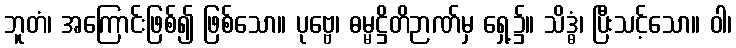
ဘူတံ၊ အကြောင်းဖြစ်၍ ဖြစ်သော။ ပုဗ္ဗေ၊ ဓမ္မဋ္ဌိတိဉာဏ်မှ ရှေ့၌။ သိဒ္ဓံ၊ ပြီးသင့်သော။ ဝါ၊